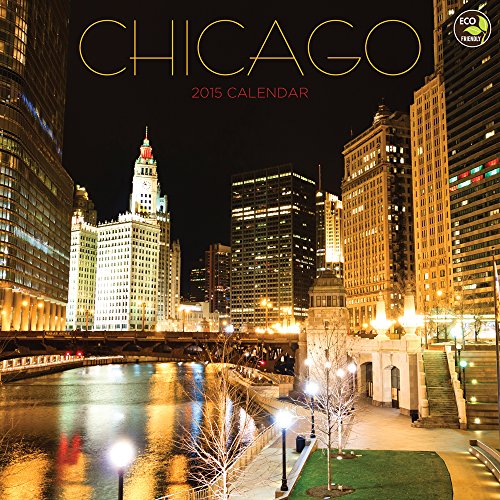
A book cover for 2015 Chicago Wall Calendar; TF PUBLISHING; Travel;